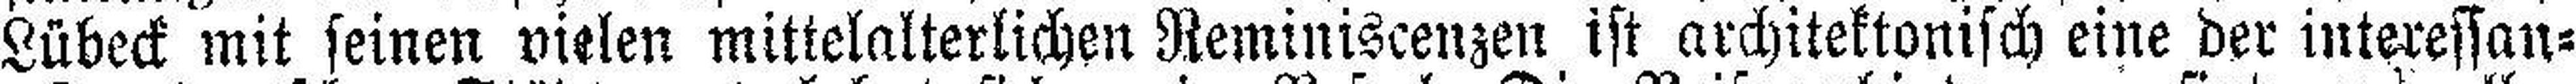
Lübeck mit seinen vielen mittelalterlichen Reminiscenzen ist architektonisch eine der interessan¬